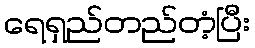
ရေရှည်တည်တံ့ပြီး